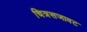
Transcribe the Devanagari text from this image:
चित्रसजावट